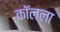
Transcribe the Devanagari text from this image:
कॉलला